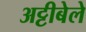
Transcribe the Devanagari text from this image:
अट्टीबेले